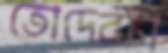
তোদেরটা